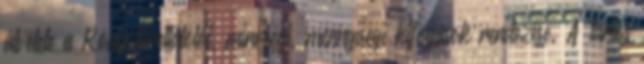
átvétele a Könyvtárellátótól, minőségi, mennyiségi kifogások rendezése. A tartós